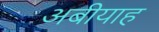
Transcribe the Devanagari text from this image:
अबीयाह